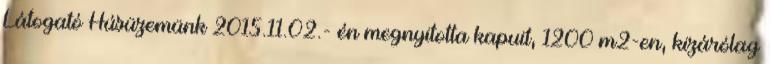
Látogató Húsüzemünk 2015.11.02.- én megnyitotta kapuit, 1200 m2-en, kizárólag